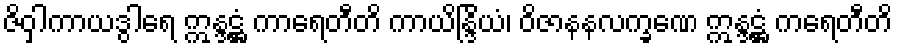
ဇိဝှါကာယဒွါရေ ဣန္ဒဋ္ဌံ ကာရေတီတိ ကာယိန္ဒြိယံ၊ ဝိဇာနနလက္ခဏေ ဣန္ဒဋ္ဌံ ကရေတီတိ